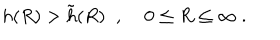
h ( R ) > \tilde { h } ( R ) \; \; , \; 0 \le R \le \infty \; .